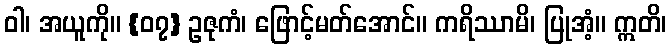
ဝါ၊ အယူကို။ {၀၇} ဥဇုကံ၊ ဖြောင့်မတ်အောင်။ ကရိဿာမိ၊ ပြုအံ့။ ဣတိ၊